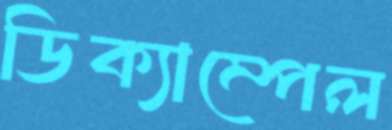
ডিক্যাম্পেল